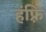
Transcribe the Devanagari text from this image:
हंफ़्रि